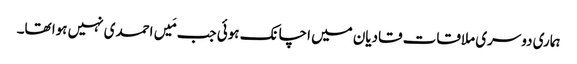
ہماری دوسری ملاقات قادیان میں اچانک ہوئی جب مَیں احمدی نہیں ہوا تھا۔